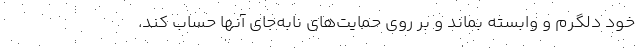
خود دلگرم و وابسته بماند و بر روی حمایت‌های نابه‌جای آنها حساب کند.